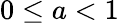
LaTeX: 0\le a<1